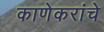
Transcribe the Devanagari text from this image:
काणेकरांचे